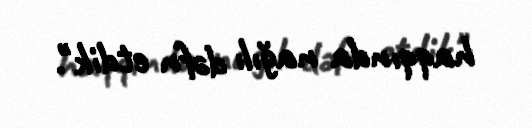
haqqında nağılı dəfn etdik".